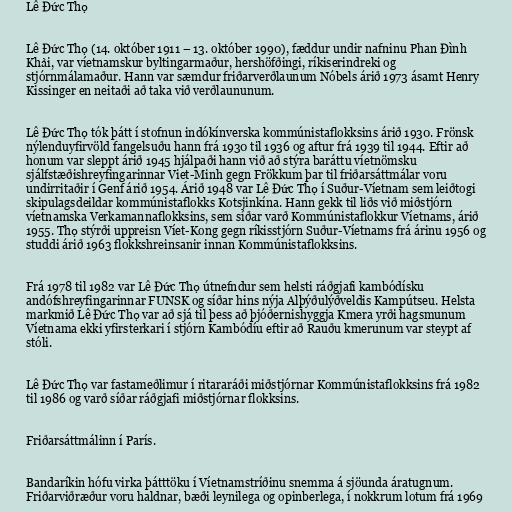
Lê Đức Thọ

Lê Đức Thọ (14. október 1911 – 13. október 1990), fæddur undir nafninu Phan Đình
Khải, var víetnamskur byltingarmaður, hershöfðingi, ríkiserindreki og
stjórnmálamaður. Hann var sæmdur friðarverðlaunum Nóbels árið 1973 ásamt Henry
Kissinger en neitaði að taka við verðlaununum.

Lê Đức Thọ tók þátt í stofnun indókínverska kommúnistaflokksins árið 1930. Frönsk
nýlenduyfirvöld fangelsuðu hann frá 1930 til 1936 og aftur frá 1939 til 1944. Eftir að
honum var sleppt árið 1945 hjálpaði hann við að stýra baráttu víetnömsku
sjálfstæðishreyfingarinnar Viet-Minh gegn Frökkum þar til friðarsáttmálar voru
undirritaðir í Genf árið 1954. Árið 1948 var Lê Đức Thọ í Suður-Víetnam sem leiðtogi
skipulagsdeildar kommúnistaflokks Kotsjinkína. Hann gekk til liðs við miðstjórn
víetnamska Verkamannaflokksins, sem síðar varð Kommúnistaflokkur Víetnams, árið
1955. Thọ stýrði uppreisn Víet-Kong gegn ríkisstjórn Suður-Víetnams frá árinu 1956 og
studdi árið 1963 flokkshreinsanir innan Kommúnistaflokksins.

Frá 1978 til 1982 var Lê Đức Thọ útnefndur sem helsti ráðgjafi kambódísku
andófshreyfingarinnar FUNSK og síðar hins nýja Alþýðulýðveldis Kampútseu. Helsta
markmið Lê Đức Thọ var að sjá til þess að þjóðernishyggja Kmera yrði hagsmunum
Víetnama ekki yfirsterkari í stjórn Kambódíu eftir að Rauðu kmerunum var steypt af
stóli.

Lê Đức Thọ var fastameðlimur í ritararáði miðstjórnar Kommúnistaflokksins frá 1982
til 1986 og varð síðar ráðgjafi miðstjórnar flokksins.

Friðarsáttmálinn í París.

Bandaríkin hófu virka þátttöku í Víetnamstríðinu snemma á sjöunda áratugnum.
Friðarviðræður voru haldnar, bæði leynilega og opinberlega, í nokkrum lotum frá 1969